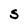
Character: S